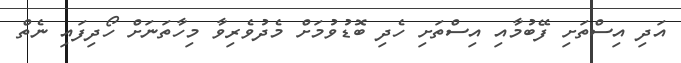
އަދި އިސްތަށި ފޭބުމާއި އިސްތަށި ހެދި ބޮޑުވުމަށް މެދުވެރިވާ މިހާތަނަށް ހޯދިފައި ނެތް